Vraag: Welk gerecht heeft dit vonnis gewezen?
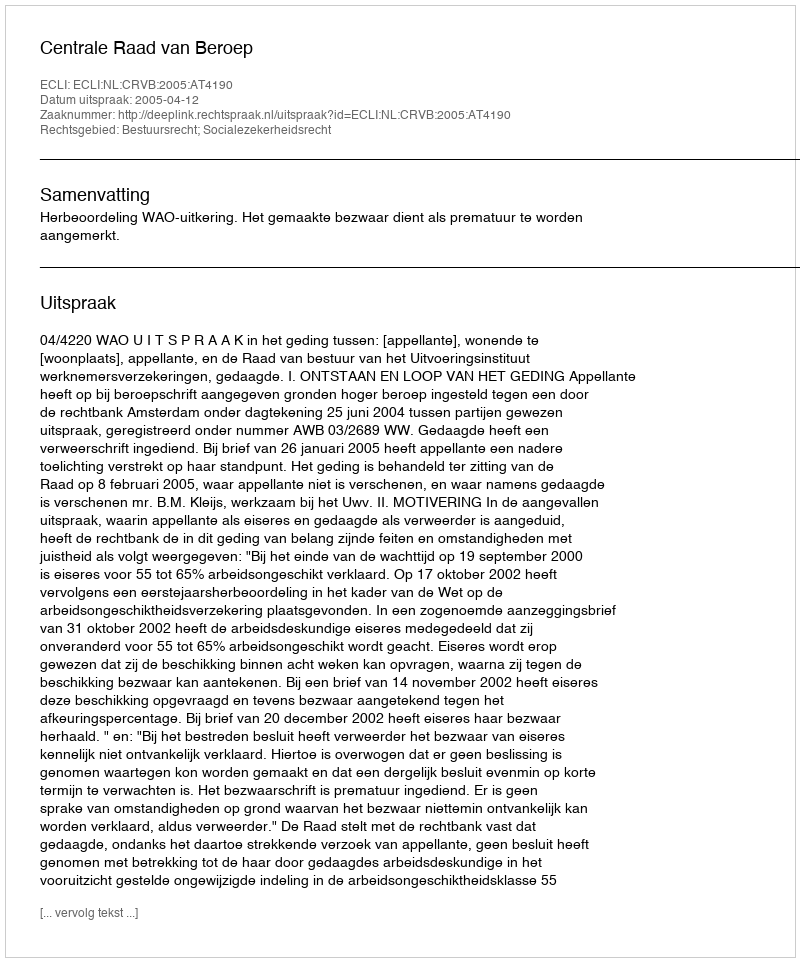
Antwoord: Centrale Raad van Beroep